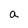
Character: a